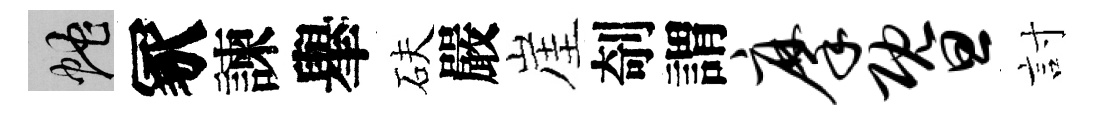
蛇冢諫𦦙砆嚴崖剞謂摩暨討